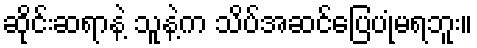
ဆိုင်းဆရာနဲ့ သူနဲ့က သိပ်အဆင်ပြေပုံမရဘူး။